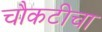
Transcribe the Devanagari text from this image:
चौकटीचा